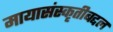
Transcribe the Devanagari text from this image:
मायासंस्कृतीबद्दल